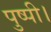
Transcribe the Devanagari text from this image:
पुष्पी।